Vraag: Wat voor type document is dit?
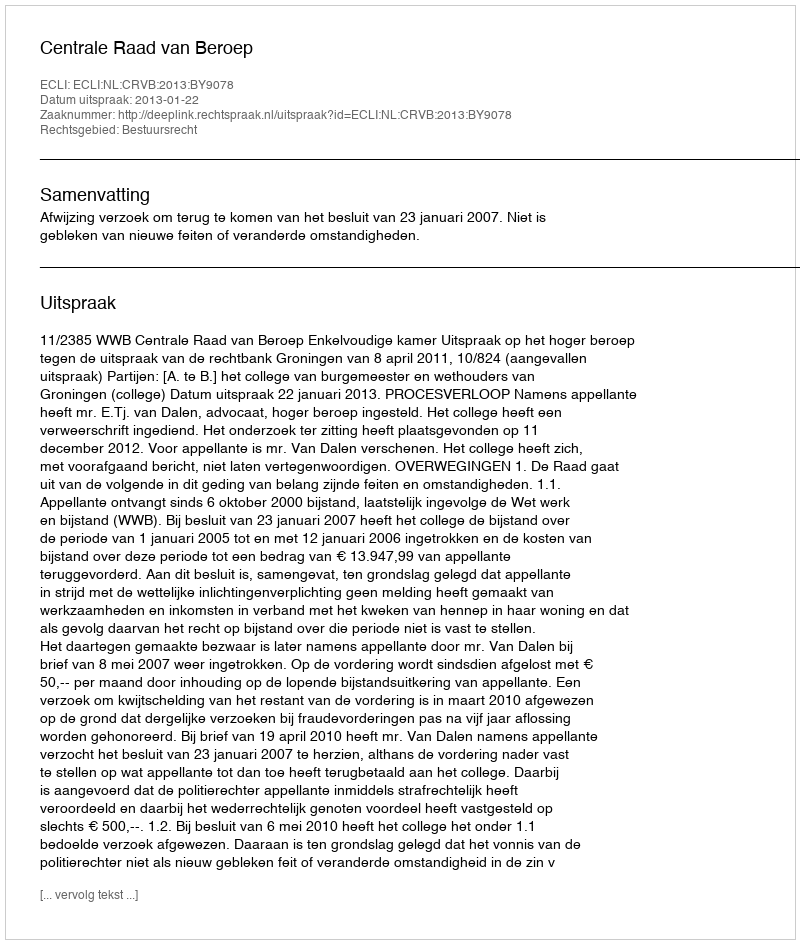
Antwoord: Uitspraak